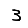
Digit: 3